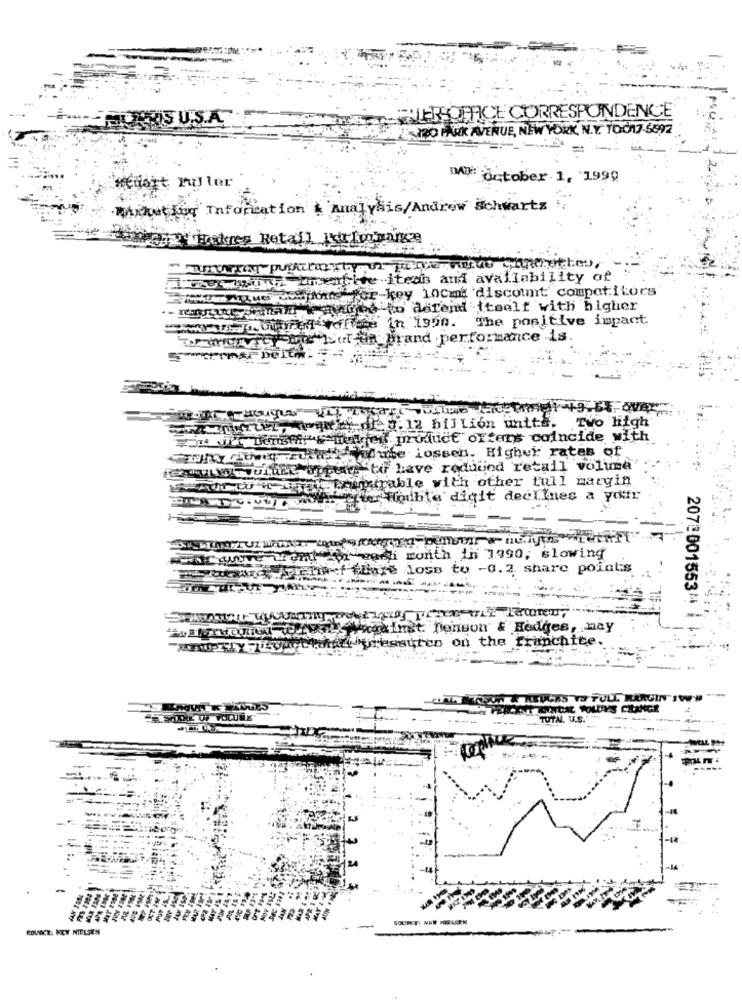
RIS U.S.A.
LER OFFICE CORRESPONDENCE
TO PARK AVENUE, NEW YORK, N.Y. TOCA7-5592
=
DAT: October 1, 1999
Hiort ruller
mikeio Information & Analysis/Andrew Schwartz
kres Retail Hdrformare
teas and availability of
cey 10cmi 'discount competitors
defend itself with higher
The positive impact
In 1950.
ad .performance is
Tvo high
2 billion units.
duct offers coincide with
Higher rates of
jed retail volume
other full margin
dig
it declines a your
i month in 1990, slowing
loss tu -0.2. share point;s
Ist. Tienson' & Hedges, may
207:001553# 1 1;
"az-z Ly jeudipressures on the franchite.
UGAS TO FULL MARGIN IWWW
TOTAL U